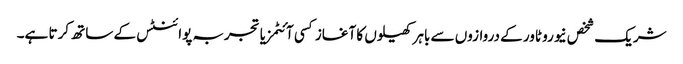
شریک شخص نیورو ٹاور کے دروازوں سے باہر کھیلوں کا آغاز کسی آئٹمز یا تجربہ پوائنٹس کے ساتھ کرتا ہے۔